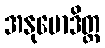
အနုမောဒိတ္ထ